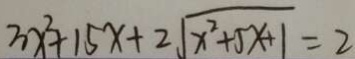
3 x ^ { 2 } + 1 5 x + 2 \sqrt { x ^ { 2 } + 5 x + 1 } = 2